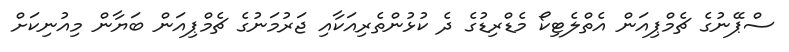
ސްޕޭނުގެ ޗެމްޕިއަން އެތްލެޓިކޯ މެޑްރިޑުގެ ދެ ކުޅުންތެރިއަކާއި ޖަރުމަނުގެ ޗެމްޕިއަން ބަޔާން މިއުނިކަށް